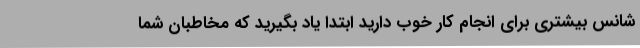
شانس بیشتری برای انجام کار خوب دارید ابتدا یاد بگیرید که مخاطبان شما